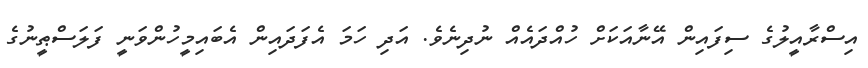
އިސްރާއީލުގެ ސިފައިން އޭނާއަކަށް ހުއްދައެއް ނުދިނެވެ. އަދި ހަމަ އެފަދައިން އެބައިމީހުންވަނީ ފަލަސްޠީނުގެ